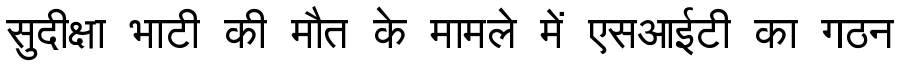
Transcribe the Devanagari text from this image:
सुदीक्षा भाटी की मौत के मामले में एसआईटी का गठन